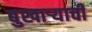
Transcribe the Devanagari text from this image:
बुखार्‍याची